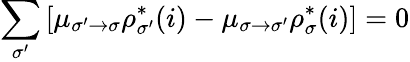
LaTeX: \sum_{\sigma^{\prime}}\left[\mu_{\sigma^{\prime}\to\sigma}\rho_{\sigma^{\prime}}^{*}(i)-\mu_{\sigma\to\sigma^{\prime}}\rho_{\sigma}^{*}(i)\right]=0